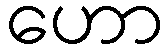
ဟော